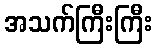
အသက်ကြီးကြီး